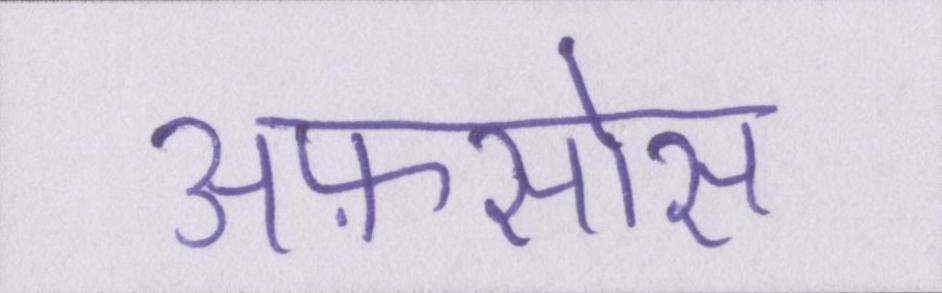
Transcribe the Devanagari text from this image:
अफ़सोस